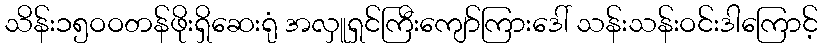
သိန်း၁၅ဝဝတန်ဖိုးရှိဆေးရုံ အလှူရှင်ကြီးကျော်ကြားဒေါ် သန်းသန်းဝင်းဒါကြောင့်